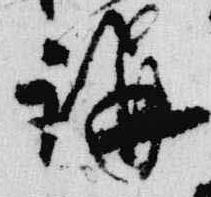
講